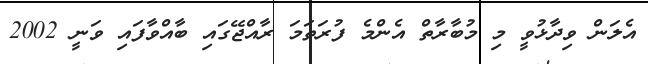
އެލަން ވިދާޅުވީ މި މުބާރާތް އެންމެ ފުރަތަމަ ރާއްޖޭގައި ބާއްވާފައި ވަނީ 2002